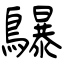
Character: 鸔